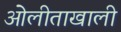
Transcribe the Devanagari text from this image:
ओेलीताखाली